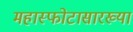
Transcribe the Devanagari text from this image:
महास्फोटासारख्या